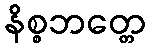
နိစ္စဘတ္တေ